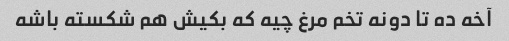
آخه ده تا دونه تخم مرغ چیه که بکیش هم شکسته باشه